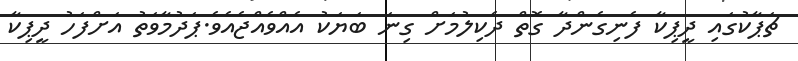
ޗަޕާކުގައި ދީޕިކާ ފެނިގެންދާ ގޮތް ދެކިލުމަށް ގިނަ ބަޔަކު އެއްވެއްޖެއެވެ.ޕަދުމާވަތު އަށްފަހު ދީޕިކާ